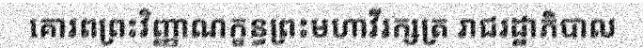
គោរពព្រះវិញ្ញាណក្ខន្ធព្រះមហាវីរក្សត្រ រាជរដ្ឋាភិបាល